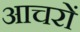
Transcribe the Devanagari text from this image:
आचरों